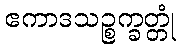
ဧကာဒသဉ္စက္ခတ္တုံ